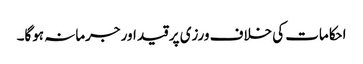
احکامات کی خلاف ورزی پر قید اور جرمانہ ہوگا۔